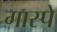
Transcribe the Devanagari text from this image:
गास्पे